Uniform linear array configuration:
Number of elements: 16
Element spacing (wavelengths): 0.5
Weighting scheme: exponential
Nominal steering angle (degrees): -15
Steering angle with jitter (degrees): -15.897
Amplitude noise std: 0.05
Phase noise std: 0.05

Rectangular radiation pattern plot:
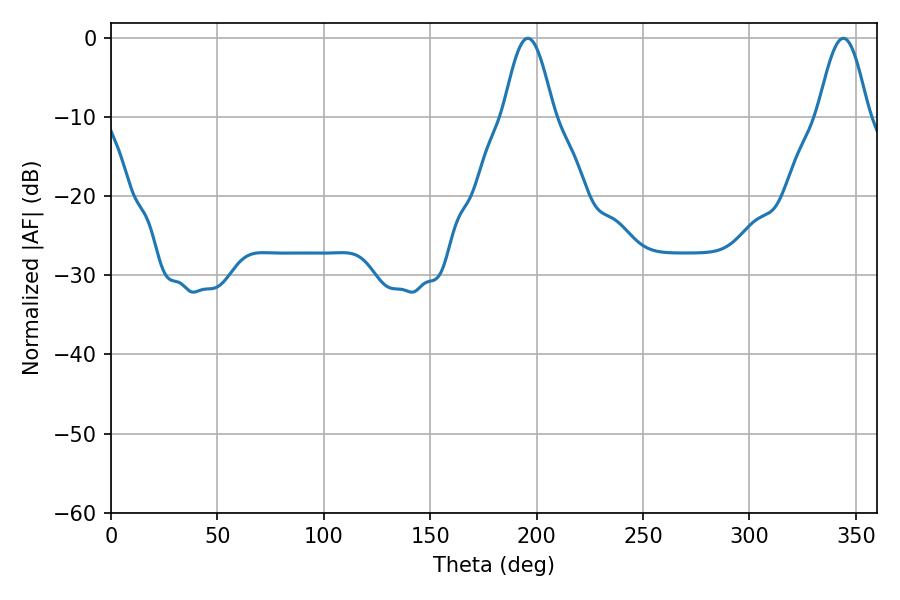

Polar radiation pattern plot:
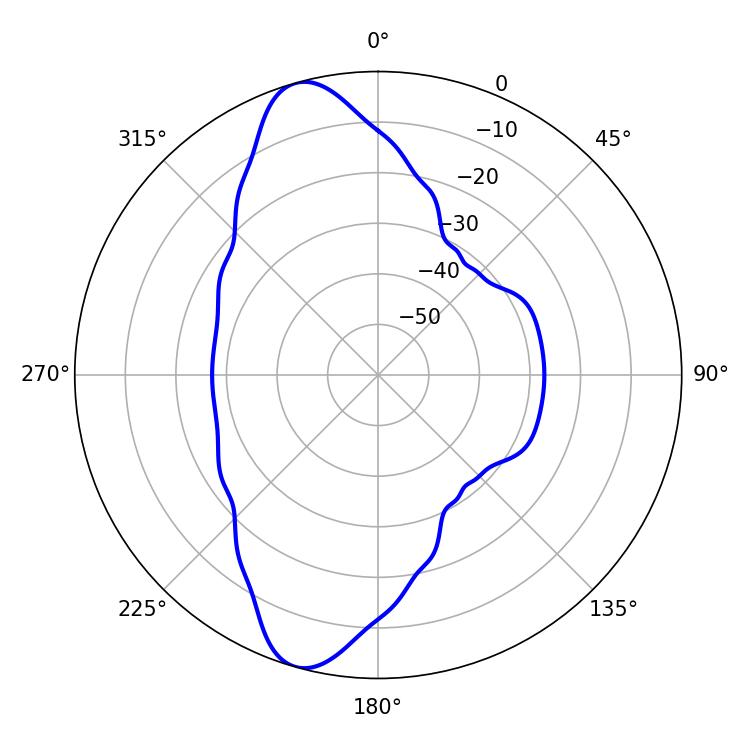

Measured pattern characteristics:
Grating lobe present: FALSE
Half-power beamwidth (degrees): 12.78
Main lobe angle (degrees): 195.84